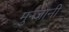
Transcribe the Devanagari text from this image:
मुन्जानी